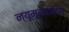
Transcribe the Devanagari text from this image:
न्यूमूलाइटिस